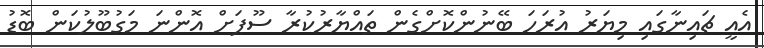
އެއީ ޗައިނާގައި މިޔަރު އުރަހަ ބޭނުންކޮށްގެން ތައްޔާރުކުރާ ސޫޕަށް އޮންނަ މަގުބޫލުކަން ބޮޑު